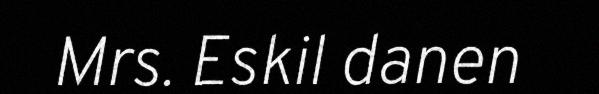
Mrs. Eskil danen